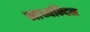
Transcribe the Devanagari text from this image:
माध्‍यन्‍दिन